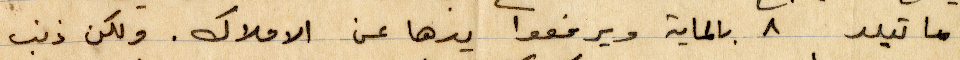
ماتيلد ٨ بالماية ويرفعوا يدها عن الأملاك. ولكن ذنب